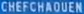
CHEFCHADUEN